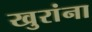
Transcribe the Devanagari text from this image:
खुरांना